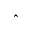
\hat { }